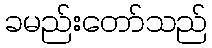
ခမည်းတော်သည်